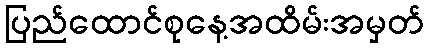
ပြည်ထောင်စုနေ့အထိမ်းအမှတ်